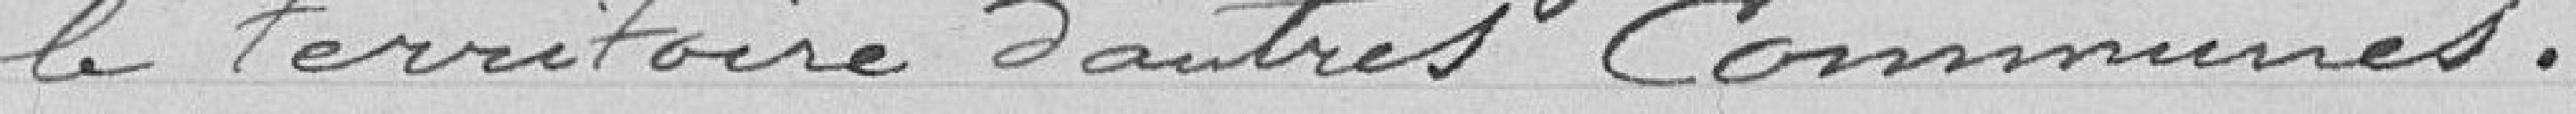
le territoire d'autres communes.